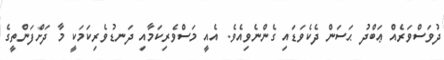
ދުވަސްވަރެއް ޢަބްދު ޙަސަން ދެކެވަޑައި ގެންނެވިއެވެ. އެއީ މަސްވެރިކަމާއި ދަނޑުވެރިކަމަކީ މާ ދަށްފަންތީގެ